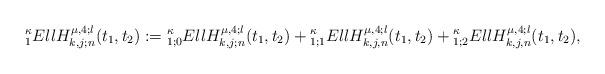
LaTeX: \begin{align*}{}_{1}^\kappa EllH^{\mu,4;l}_{k,j;n}(t_1, t_2) := {}_{1;0}^{\kappa} EllH^{\mu,4;l}_{k,j;n}(t_1, t_2)+ {}_{1;1}^{\kappa}EllH^{\mu,4;l}_{k,j,n}(t_1, t_2)+ {}_{1;2}^{\kappa}EllH^{\mu,4;l}_{k,j,n}(t_1, t_2),\end{align*}